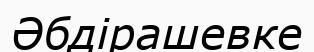
Әбдірашевке